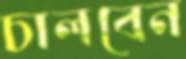
চালবেন